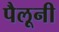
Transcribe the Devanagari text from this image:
पैलूनी